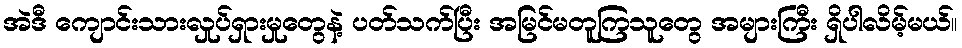
အဲဒီ ကျောင်းသားလှုပ်ရှားမှုတွေနဲ့ ပတ်သက်ပြီး အမြင်မတူကြသူတွေ အများကြီး ရှိပါလိမ့်မယ်။